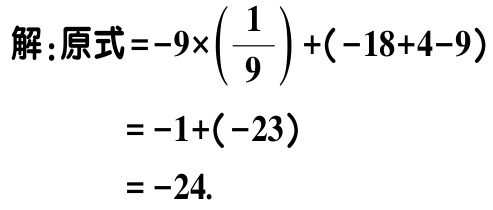
解：原式\(=-9\times\left(\dfrac{1}{9}\right)+(-18 + 4 - 9)\)
\(=-1+(-23)\)
\(=-24\).